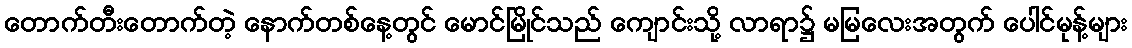
တောက်တီးတောက်တဲ့ နောက်တစ်နေ့တွင် မောင်မြိုင်သည် ကျောင်းသို့ လာရာ၌ မမြလေးအတွက် ပေါင်မုန့်များ